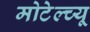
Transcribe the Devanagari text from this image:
मोटेल्च्यू